Indian journal of veterinary science and animal husbandry - Volume 5,
Year: 1935
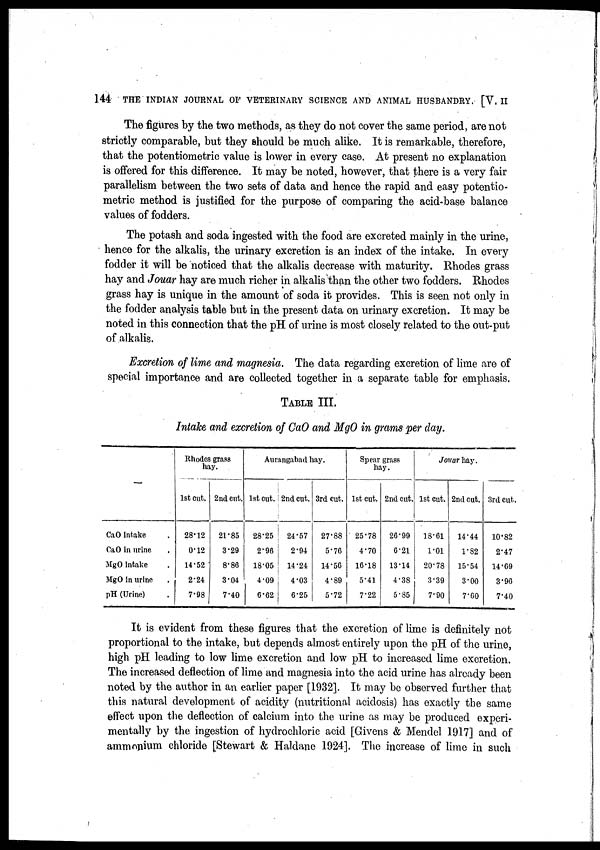
144 THE INDIAN JOURNAL OF VETERINARY SCIENCE AND ANIMAL HUSBANDRY. [ V. II
The figures by the two methods, as they do not cover the same period, are not
strictly comparable, but they should be much alike. It is remarkable, therefore,
that the potentiometric value is lower in every case. At present no explanation
is offered for this difference. It may be noted, however, that there is a very fair
parallelism between the two sets of data and hence the rapid and easy potentio-
metric method is justified for the purpose of comparing the acid-base balance
values of fodders.
The potash and soda ingested with the food are excreted mainly in the urine,
hence for the alkalis, the urinary excretion is an index of the intake. In every
fodder it will be noticed that the alkalis decrease with maturity. Rhodes grass
hay and Jouar hay are much richer in alkalis than the other two fodders. Rhodes
grass hay is unique in the amount of soda it provides. This is seen not only in
the fodder analysis table but in the present data on urinary excretion. It may be
noted in this connection that the pH of urine is most closely related to the out-put
of alkalis.
Excretion of lime and magnesia. The data regarding excretion of lime are of
special importance and are collected together in a separate table for emphasis.
TABLE III.
Intake and excretion of CaO and MgO in grams per day.
—
CaO intake .
CaO in urine .
MgO intake .
MgO in urine .
pH (Urine) .
Rhodes grass
hay.
1st cut.
28.12
0.12
14.52
2.24
7.98
2nd cut.
21.85
3.29
8.86
3.04
7.40
Aurangabad hay.
1st cut.
28.25
2.96
18.05
4.09
6.62
2nd cut.
24.57
2.94
14.24
4.03
6.25
3rd cut.
27.88
5.76
14.56
4.89
5.72
Spear grass
hay.
1st cut.
25.78
4.70
16.18
5.41
7.22
2nd cut.
26.99
6.21
13.14
4.38
5.85
Jouar hay.
1st cut.
18.61
1.01
20.78
3.39
7.90
2nd cut.
14.44
1.82
15.54
3.00
7.60
3rd cut.
10.82
2.47
14.69
3.96
7.40
It is evident from these figures that the excretion of lime is definitely not
proportional to the intake, but depends almost entirely upon the pH of the urine,
high pH leading to low lime excretion and low pH to increased lime excretion.
The increased deflection of lime and magnesia into the acid urine has already been
noted by the author in an earlier paper [1932]. It may be observed further that
this natural development of acidity (nutritional acidosis) has exactly the same
effect upon the deflection of calcium into the urine as may be produced experi-
mentally by the ingestion of hydrochloric acid [Givens & Mendel 1917] and of
ammonium chloride [Stewart & Haldane 1924]. The increase of lime in such